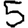
Digit: 5